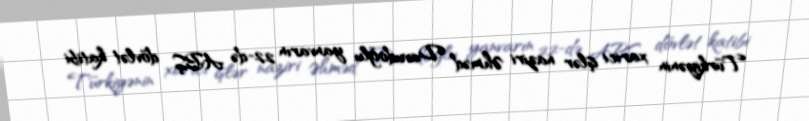
Türkiyənin xarici işlər naziri Əhməd Davudoğlu yanvarın 22-də ABŞ dövlət katibi